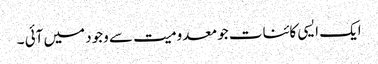
ایک ایسی کائنات جو معدومیت سے وجود میں آئی ۔